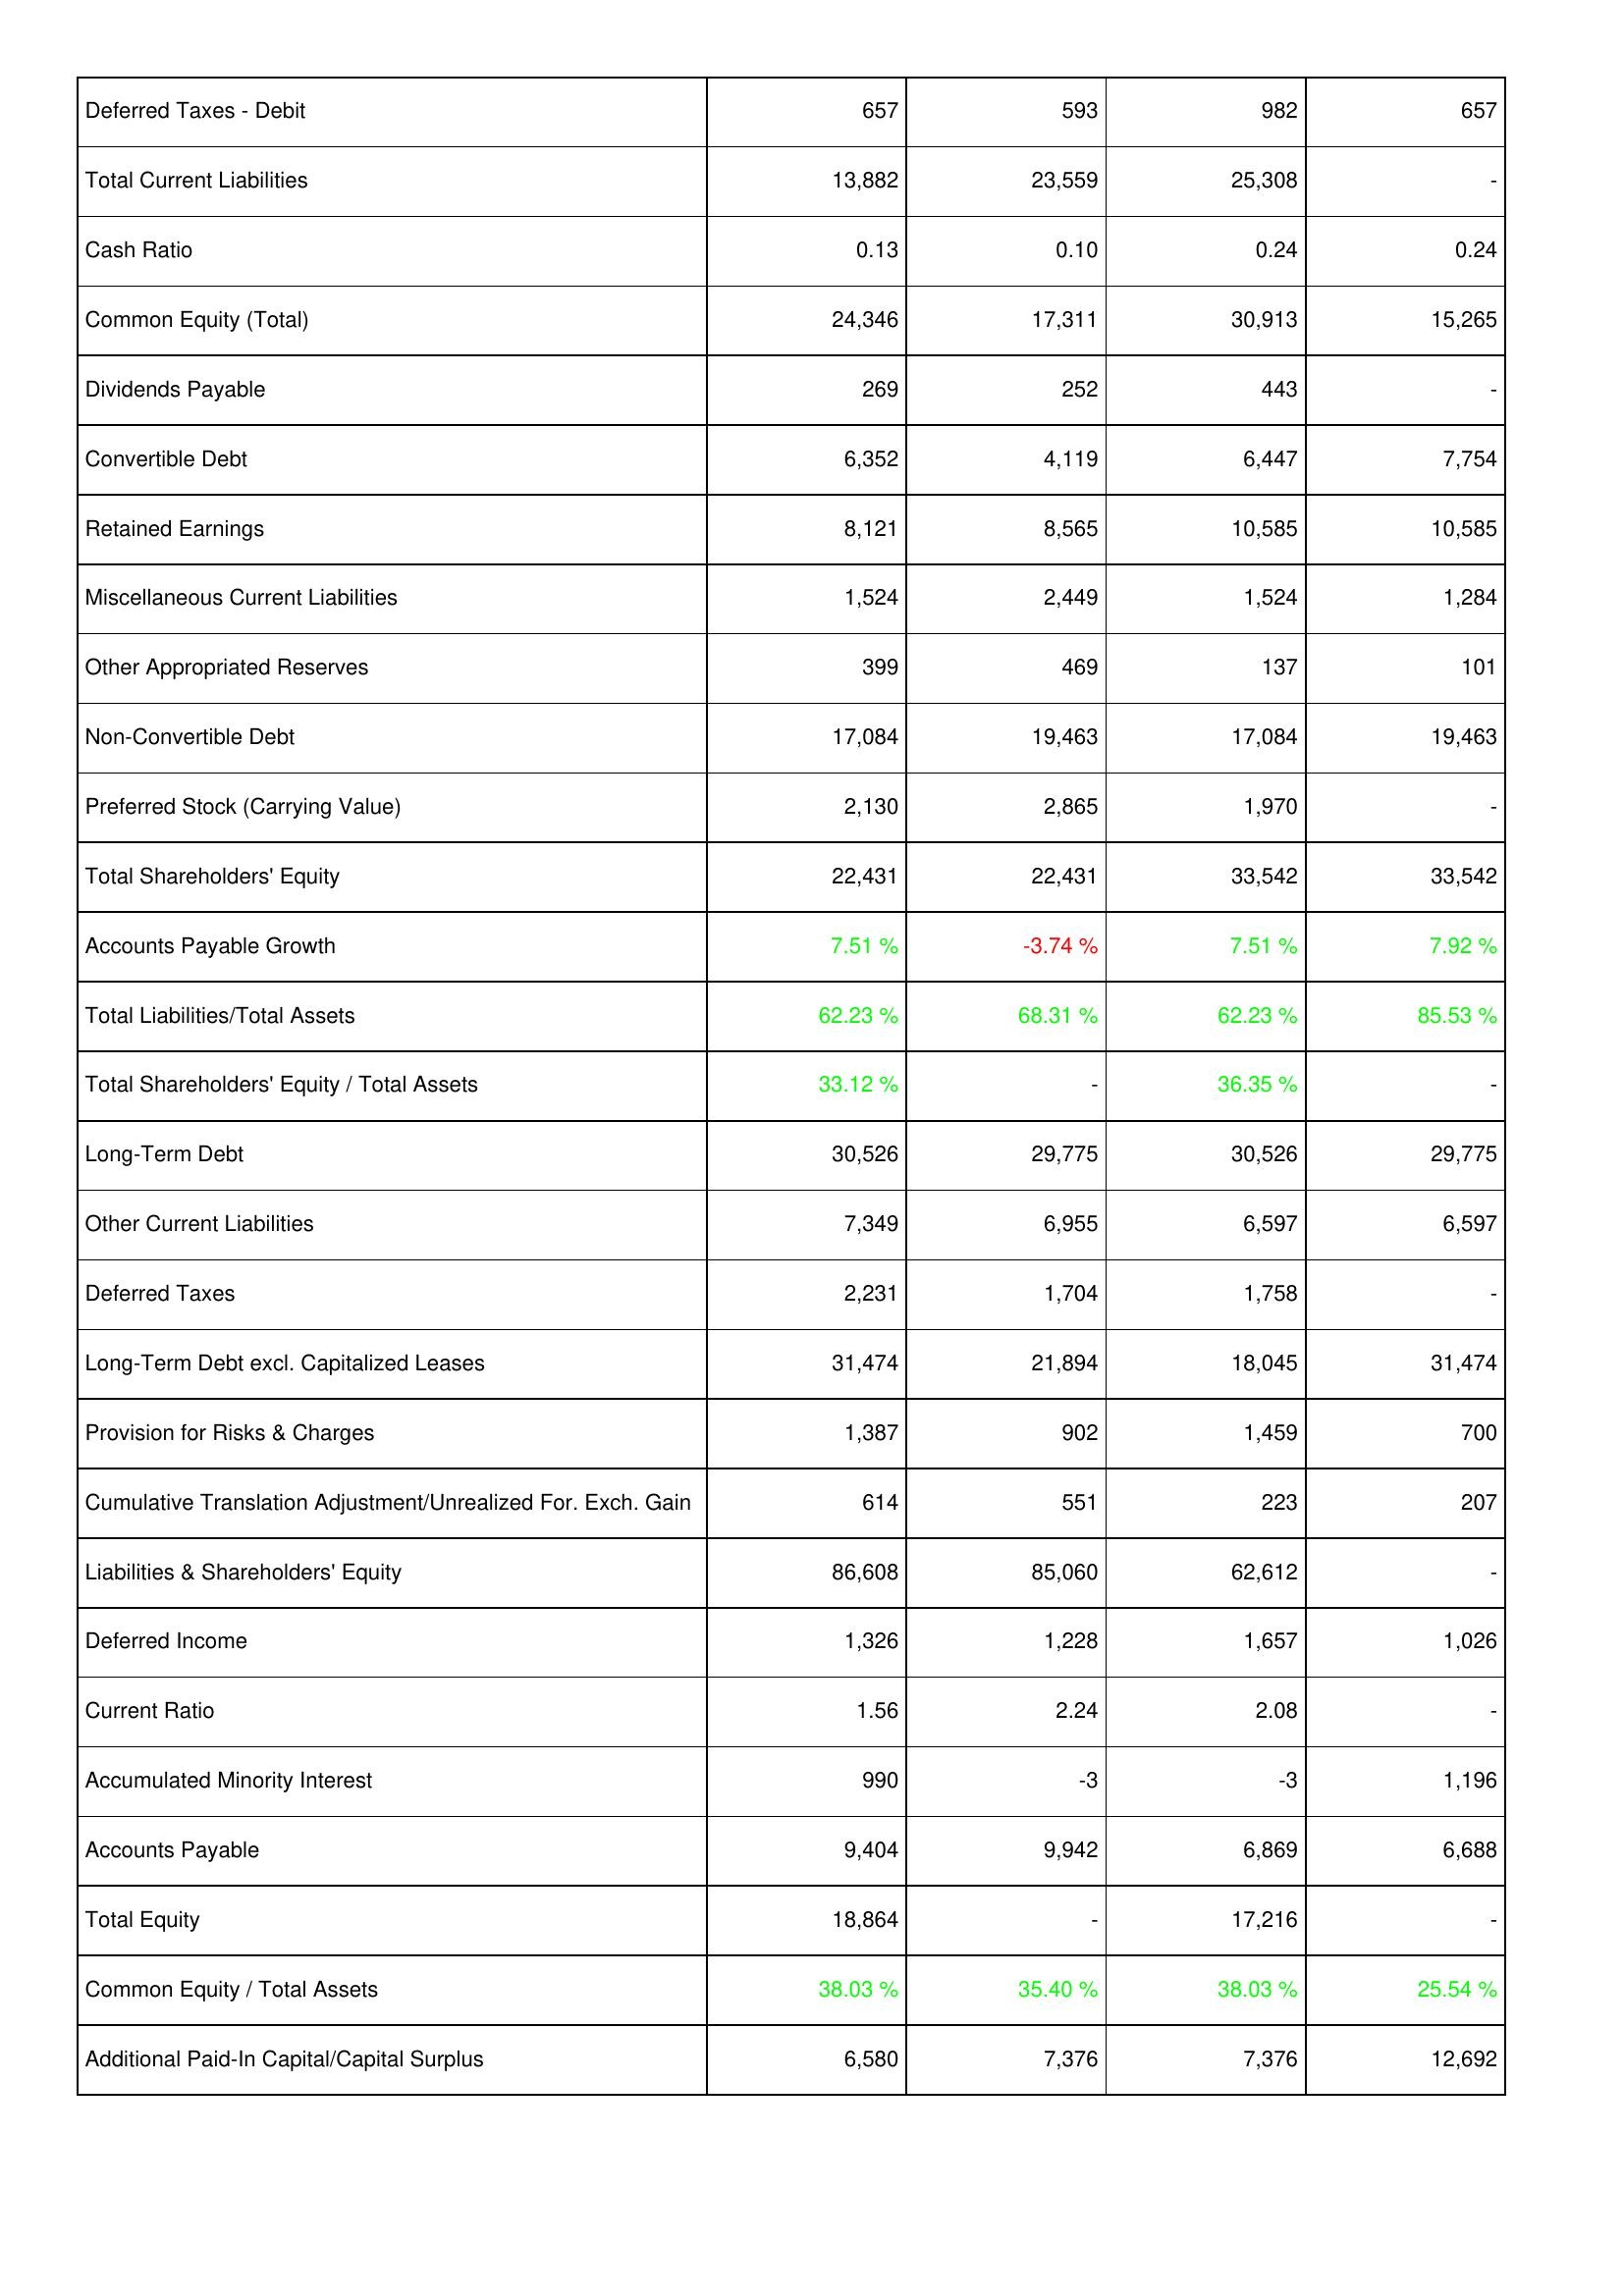
2013: Liabilities & Shareholders' Equity: Deferred Taxes - Debit: 657
Total Current Liabilities: 13,882
Cash Ratio: 0.13
Common Equity (Total): 24,346
Dividends Payable: 269
Convertible Debt: 6,352
Retained Earnings: 8,121
Miscellaneous Current Liabilities: 1,524
Other Appropriated Reserves: 399
Non-Convertible Debt: 17,084
Preferred Stock (Carrying Value): 2,130
Total Shareholders' Equity: 22,431
Accounts Payable Growth: 7.51 %
Total Liabilities/Total Assets: 62.23 %
Total Shareholders' Equity / Total Assets: 33.12 %
Long-Term Debt: 30,526
Other Current Liabilities: 7,349
Deferred Taxes: 2,231
Long-Term Debt excl. Capitalized Leases: 31,474
Provision for Risks & Charges: 1,387
Cumulative Translation Adjustment/Unrealized For. Exch. Gain: 614
Liabilities & Shareholders' Equity: 86,608
Deferred Income: 1,326
Current Ratio: 1.56
Accumulated Minority Interest: 990
Accounts Payable: 9,404
Total Equity: 18,864
Common Equity / Total Assets: 38.03 %
Additional Paid-In Capital/Capital Surplus: 6,580
2014: Liabilities & Shareholders' Equity: Deferred Taxes - Debit: 593
Total Current Liabilities: 23,559
Cash Ratio: 0.10
Common Equity (Total): 17,311
Dividends Payable: 252
Convertible Debt: 4,119
Retained Earnings: 8,565
Miscellaneous Current Liabilities: 2,449
Other Appropriated Reserves: 469
Non-Convertible Debt: 19,463
Preferred Stock (Carrying Value): 2,865
Total Shareholders' Equity: 22,431
Accounts Payable Growth: -3.74 %
Total Liabilities/Total Assets: 68.31 %
Total Shareholders' Equity / Total Assets: -
Long-Term Debt: 29,775
Other Current Liabilities: 6,955
Deferred Taxes: 1,704
Long-Term Debt excl. Capitalized Leases: 21,894
Provision for Risks & Charges: 902
Cumulative Translation Adjustment/Unrealized For. Exch. Gain: 551
Liabilities & Shareholders' Equity: 85,060
Deferred Income: 1,228
Current Ratio: 2.24
Accumulated Minority Interest: -3
Accounts Payable: 9,942
Total Equity: -
Common Equity / Total Assets: 35.40 %
Additional Paid-In Capital/Capital Surplus: 7,376
2015: Liabilities & Shareholders' Equity: Deferred Taxes - Debit: 982
Total Current Liabilities: 25,308
Cash Ratio: 0.24
Common Equity (Total): 30,913
Dividends Payable: 443
Convertible Debt: 6,447
Retained Earnings: 10,585
Miscellaneous Current Liabilities: 1,524
Other Appropriated Reserves: 137
Non-Convertible Debt: 17,084
Preferred Stock (Carrying Value): 1,970
Total Shareholders' Equity: 33,542
Accounts Payable Growth: 7.51 %
Total Liabilities/Total Assets: 62.23 %
Total Shareholders' Equity / Total Assets: 36.35 %
Long-Term Debt: 30,526
Other Current Liabilities: 6,597
Deferred Taxes: 1,758
Long-Term Debt excl. Capitalized Leases: 18,045
Provision for Risks & Charges: 1,459
Cumulative Translation Adjustment/Unrealized For. Exch. Gain: 223
Liabilities & Shareholders' Equity: 62,612
Deferred Income: 1,657
Current Ratio: 2.08
Accumulated Minority Interest: -3
Accounts Payable: 6,869
Total Equity: 17,216
Common Equity / Total Assets: 38.03 %
Additional Paid-In Capital/Capital Surplus: 7,376
2016: Liabilities & Shareholders' Equity: Deferred Taxes - Debit: 657
Total Current Liabilities: -
Cash Ratio: 0.24
Common Equity (Total): 15,265
Dividends Payable: -
Convertible Debt: 7,754
Retained Earnings: 10,585
Miscellaneous Current Liabilities: 1,284
Other Appropriated Reserves: 101
Non-Convertible Debt: 19,463
Preferred Stock (Carrying Value): -
Total Shareholders' Equity: 33,542
Accounts Payable Growth: 7.92 %
Total Liabilities/Total Assets: 85.53 %
Total Shareholders' Equity / Total Assets: -
Long-Term Debt: 29,775
Other Current Liabilities: 6,597
Deferred Taxes: -
Long-Term Debt excl. Capitalized Leases: 31,474
Provision for Risks & Charges: 700
Cumulative Translation Adjustment/Unrealized For. Exch. Gain: 207
Liabilities & Shareholders' Equity: -
Deferred Income: 1,026
Current Ratio: -
Accumulated Minority Interest: 1,196
Accounts Payable: 6,688
Total Equity: -
Common Equity / Total Assets: 25.54 %
Additional Paid-In Capital/Capital Surplus: 12,692